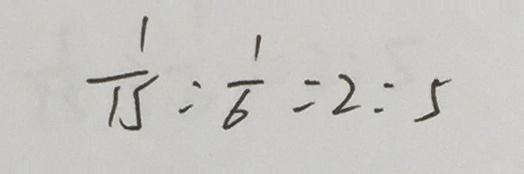
\frac { 1 } { 1 5 } : \frac { 1 } { 6 } = 2 : 5